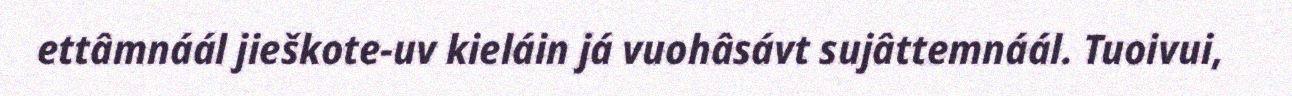
ettâmnáál jieškote-uv kieláin já vuohâsávt sujâttemnáál. Tuoivui,